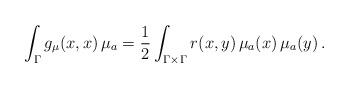
LaTeX: \begin{align*} \int_\Gamma g_\mu(x,x) \,\mu_a = \frac{1}{2} \int_{\Gamma \times \Gamma} r(x,y)\,\mu_a(x)\,\mu_a(y) \, . \end{align*}